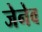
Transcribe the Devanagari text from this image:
जेनेव